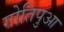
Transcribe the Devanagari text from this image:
गोतिपुआ